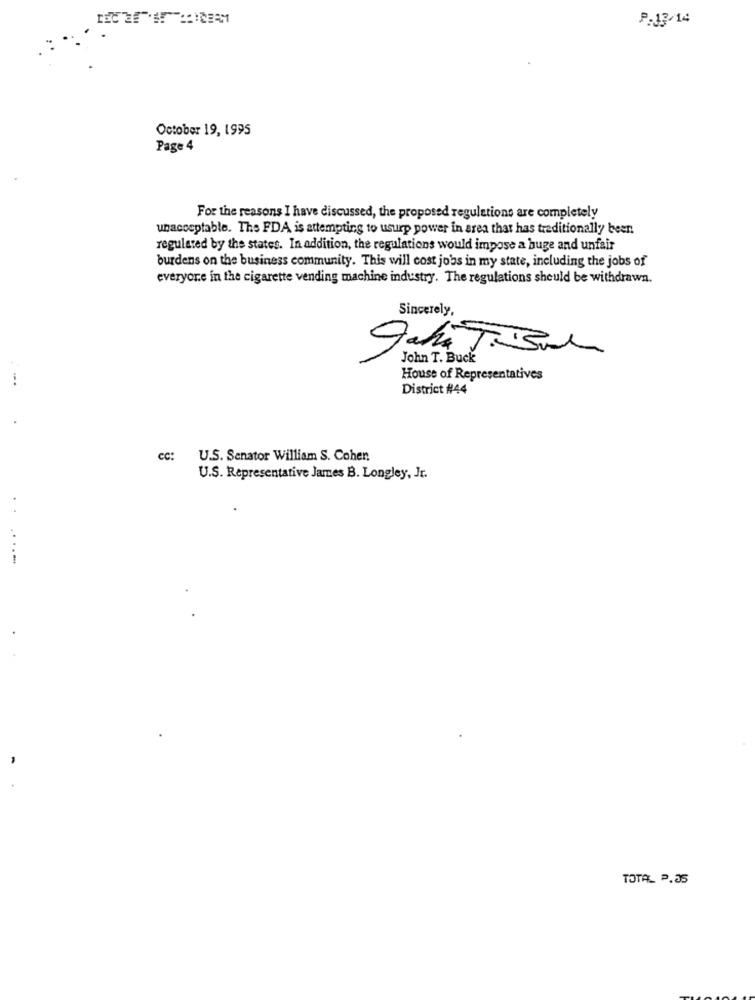
P.13/14
October 19, 1995
Page 4
For the reasons I have discussed, the proposed regulations are completely
unacceptable. The FDA is attempting to usurp power in area that has traditionally beer.
regulated by the states. In addition, the regulations would impose a huge and unfair
burdens on the business community. This will cost jobs in my state, including the jobs of
everyone in the cigarette vending machine industry. The regulations should be withdrawn.
Sincerely,
John T. Buck
House of Representatives
District #44
cc:
U.S. Senator William S. Coher.
U.S. Representative James B. Longley, Jr.
TOTA_ P.35